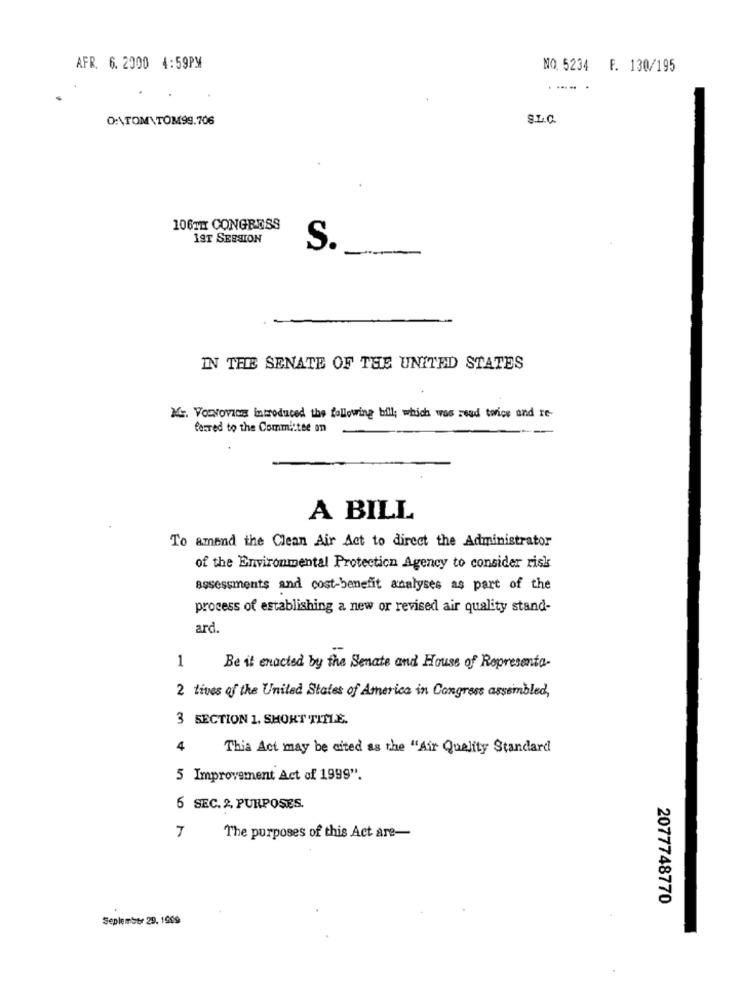
AFR. 6.2000 4:59PM
NO. 5234 F. 130/195
O:\TOM\TOM99.706
S.L.C.
106TH CONGRESS
19T SESSION
S.
IN THE SENATE OF THE UNITED STATES
NG. VorNovios introduced the following bill; which was read torice and re-
farred to the Committee on
A BILL
To amend the Clean Air Act to direct the Administrator
of the Environmental Protection Agency to consider risk
assessments and cost-benefit analyses as part of the
process of establishing a new or revised air quality stand-
ard.
1
Be it enacted by the Senate and House of Representa-
2 tives of the United States of America in Congress assembled,
3 SECTION 1. SHORT TITLE.
4
Thia Act may be cited as the "Air Quality Standard
5 Improvement Act of 1999".
6 SEC. 2, PURPOSES.
The purposes of this Act are-
2077748770
Seplember 29, 1909